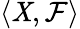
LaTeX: \langle\mathit{X},{\mathcal{{F}}}\rangle